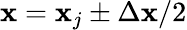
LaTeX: \mathbf{x}=\mathbf{x}_{j}\pm\Delta\mathbf{x}/2